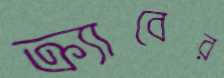
ক্র্যাবের